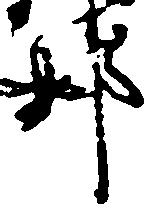
那